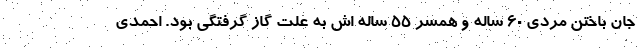
جان باختن مردی 60 ساله و همسر 55 ساله اش به علت گاز گرفتگی بود. احمدی